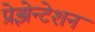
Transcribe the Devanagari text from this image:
प्रेझेन्टेशन